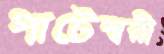
পাটেশ্বরী